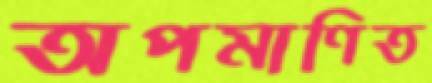
অপমাণিত